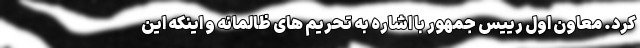
کرد. معاون اول رییس جمهور با اشاره به تحریم های ظالمانه و اینکه این